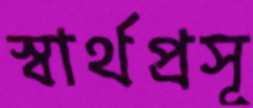
স্বার্থপ্রসূ